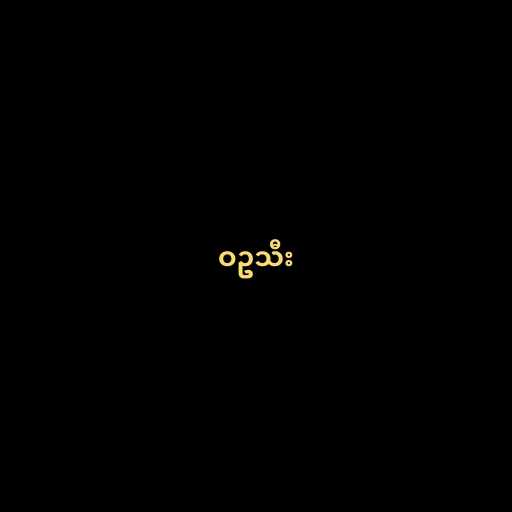
ဝဥသီး